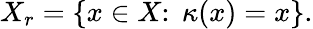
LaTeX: X_{r}=\{ x\in X\colon\; \kappa(x)=x\} .